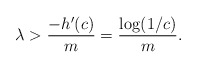
\begin{align*} \lambda > \frac{-h'(c)}{m} = \frac{\log(1/c)}{m}. \end{align*}